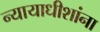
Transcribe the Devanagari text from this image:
न्यायाधीशांना